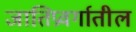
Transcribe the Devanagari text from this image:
जातिप्रवर्गातील